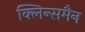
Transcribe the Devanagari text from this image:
क्लिन्समैन